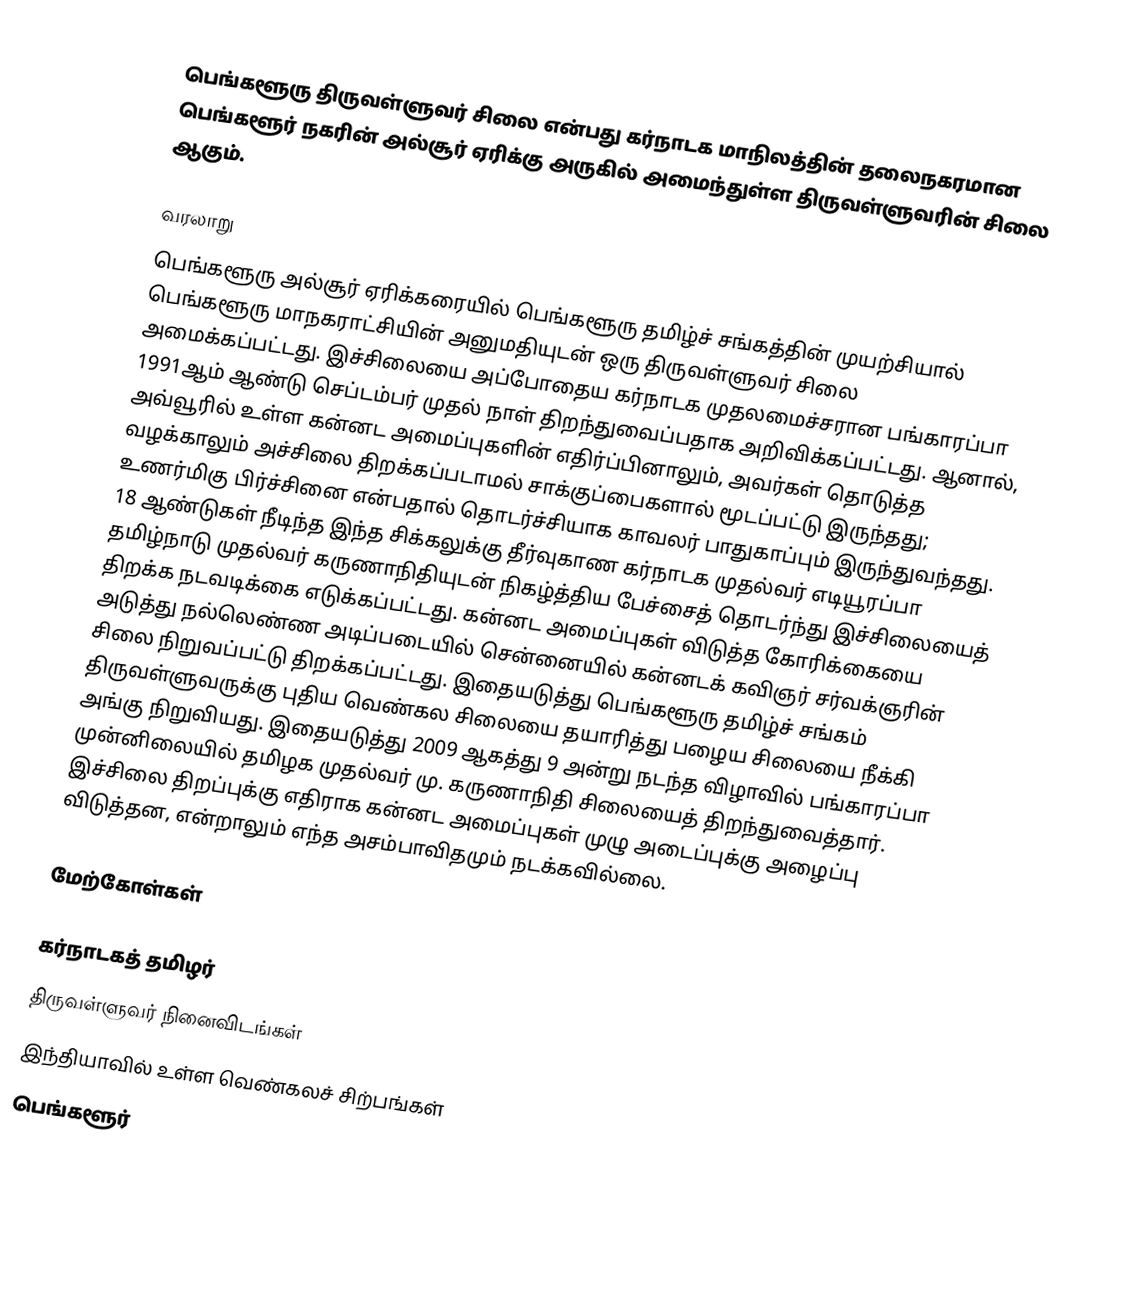
பெங்களூரு திருவள்ளுவர் சிலை என்பது கர்நாடக மாநிலத்தின் தலைநகரமான பெங்களூர் நகரின் அல்சூர் ஏரிக்கு அருகில் அமைந்துள்ள திருவள்ளுவரின் சிலை ஆகும்.

வரலாறு
பெங்களூரு அல்சூர் ஏரிக்கரையில்  பெங்களூரு தமிழ்ச் சங்கத்தின் முயற்சியால் பெங்களூரு மாநகராட்சியின் அனுமதியுடன் ஒரு திருவள்ளுவர் சிலை அமைக்கப்பட்டது. இச்சிலையை அப்போதைய கர்நாடக முதலமைச்சரான பங்காரப்பா 1991ஆம் ஆண்டு செப்டம்பர் முதல் நாள் திறந்துவைப்பதாக அறிவிக்கப்பட்டது. ஆனால், அவ்வூரில் உள்ள கன்னட அமைப்புகளின் எதிர்ப்பினாலும், அவர்கள் தொடுத்த வழக்காலும் அச்சிலை திறக்கப்படாமல் சாக்குப்பைகளால் மூடப்பட்டு இருந்தது; உணர்மிகு பிர்ச்சினை என்பதால் தொடர்ச்சியாக காவலர் பாதுகாப்பும் இருந்துவந்தது. 18 ஆண்டுகள் நீடிந்த இந்த சிக்கலுக்கு தீர்வுகாண கர்நாடக முதல்வர்  எடியூரப்பா  தமிழ்நாடு முதல்வர் கருணாநிதியுடன் நிகழ்த்திய பேச்சைத் தொடர்ந்து இச்சிலையைத் திறக்க நடவடிக்கை எடுக்கப்பட்டது. கன்னட அமைப்புகள் விடுத்த கோரிக்கையை அடுத்து நல்லெண்ண அடிப்படையில் சென்னையில் கன்னடக் கவிஞர் சர்வக்ஞரின் சிலை நிறுவப்பட்டு திறக்கப்பட்டது. இதையடுத்து பெங்களூரு தமிழ்ச் சங்கம் திருவள்ளுவருக்கு புதிய வெண்கல சிலையை தயாரித்து பழைய சிலையை நீக்கி அங்கு நிறுவியது. இதையடுத்து 2009 ஆகத்து 9 அன்று நடந்த விழாவில் பங்காரப்பா முன்னிலையில் தமிழக முதல்வர் மு. கருணாநிதி சிலையைத் திறந்துவைத்தார். இச்சிலை திறப்புக்கு எதிராக கன்னட அமைப்புகள் முழு அடைப்புக்கு அழைப்பு விடுத்தன, என்றாலும் எந்த அசம்பாவிதமும் நடக்கவில்லை.

மேற்கோள்கள்

கர்நாடகத் தமிழர்
திருவள்ளுவர் நினைவிடங்கள்
இந்தியாவில் உள்ள வெண்கலச் சிற்பங்கள்
பெங்களூர்